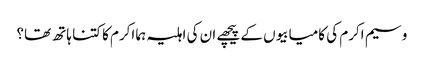
وسیم اکرم کی کامیابیوں کے پیچھے ان کی اہلیہ ہما اکرم کا کتنا ہاتھ تھا؟